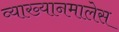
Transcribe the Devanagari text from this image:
व्याख्यानमालेस